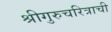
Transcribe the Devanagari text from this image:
श्रीगुरुचरित्राची